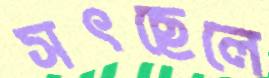
সৎছেলে